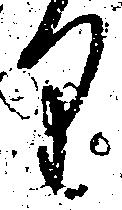
り